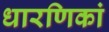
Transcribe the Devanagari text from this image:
धारणिकां